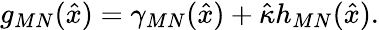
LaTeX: g_{MN}(\hat{x})=\gamma_{MN}(\hat{x})+\hat{\kappa}h_{MN}(\hat{x}).